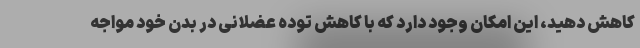
کاهش دهید، این امکان وجود دارد که با کاهش توده عضلانی در بدن خود مواجه